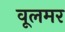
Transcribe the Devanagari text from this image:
वूलमर